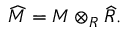
{ \widehat { M } } = M \otimes _ { R } { \widehat { R } } .